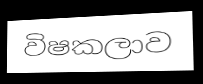
විෂකලාව